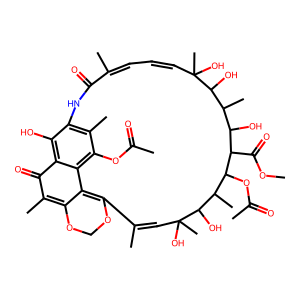
SMILES: COC(=O)C1C(O)C(C)C(O)C(C)(O)C=CC=C(C)C(=O)Nc2c(C)c(OC(C)=O)c3c(c2O)C(=O)C(C)=C2OCOC(=C23)C(C)=CC(C)(O)C(O)C(C)C1OC(C)=O
Inhibits HIV replication: No